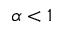
\alpha < 1